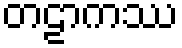
တဠာကဿ